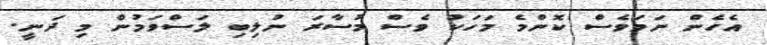
އެހެން ނަމަވެސް ކޮންމެ މަހަކު ވެސް މުސާރަ ނުލިބި ލަސްވަމުން މި ދަނީ.